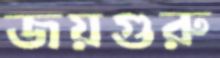
জয়গুরু